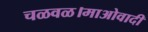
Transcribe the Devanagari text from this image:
चळवळ।माओवादी